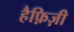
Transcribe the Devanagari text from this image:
हैफ़िज़ी